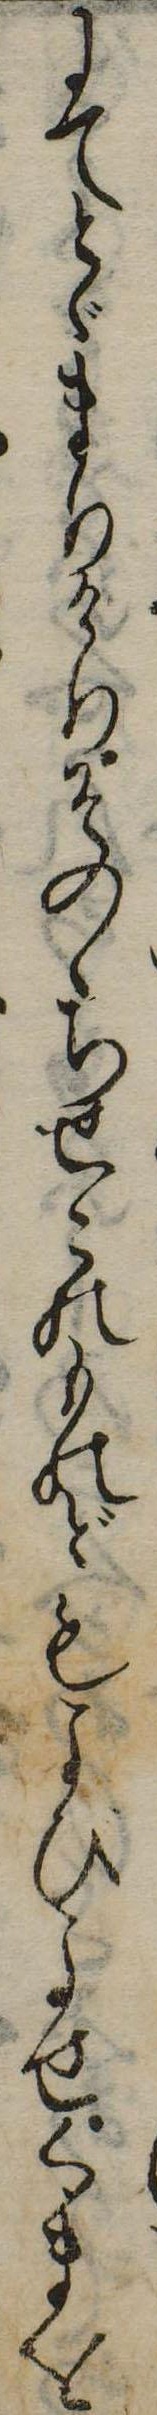
にてとゞまりけりそのゝちせこのものどもよびよせくまを